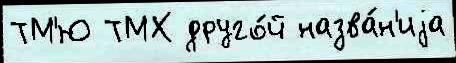
ТМ'Ю ТМХ друго́й назва́н'иjа